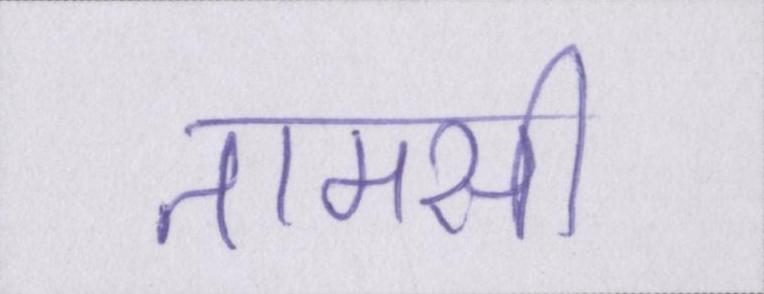
तामसी